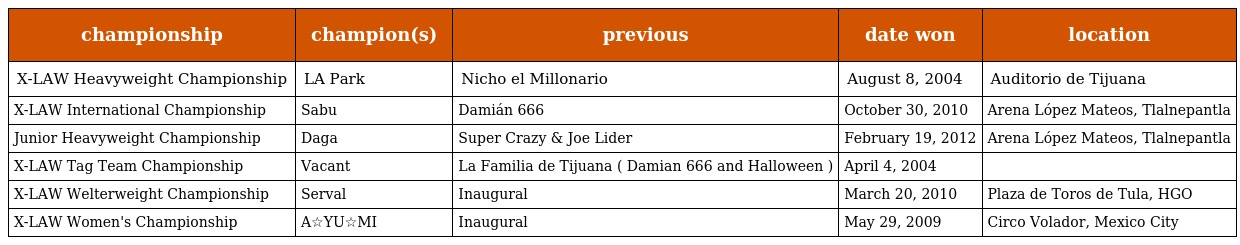
| championship | champion(s) | previous | date won | location |
 | --- | --- | --- | --- | --- |
 | X-LAW Heavyweight Championship | LA Park | Nicho el Millonario | August 8, 2004 | Auditorio de Tijuana |
 | X-LAW International Championship | Sabu | Damián 666 | October 30, 2010 | Arena López Mateos, Tlalnepantla |
 | Junior Heavyweight Championship | Daga | Super Crazy & Joe Lider | February 19, 2012 | Arena López Mateos, Tlalnepantla |
 | X-LAW Tag Team Championship | Vacant | La Familia de Tijuana ( Damian 666 and Halloween ) | April 4, 2004 |  |
 | X-LAW Welterweight Championship | Serval | Inaugural | March 20, 2010 | Plaza de Toros de Tula, HGO |
 | X-LAW Women's Championship | A☆YU☆MI | Inaugural | May 29, 2009 | Circo Volador, Mexico City |